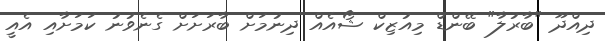
ދިއްދޫ "ބާރުލާ" ބޭންޑް މިއުޒިކް ޝޯއެއް ދިނުމަށް ބާރަށަށް ގެނެވުނު ކަމަށާއި އެއީ